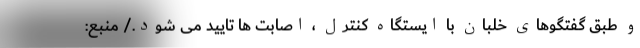
و طبق گفتگوهای خلبان با ایستگاه کنترل ، اصابت ها تایید می شود./ منبع: